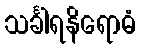
သင်္ခါရနိရောဓံ